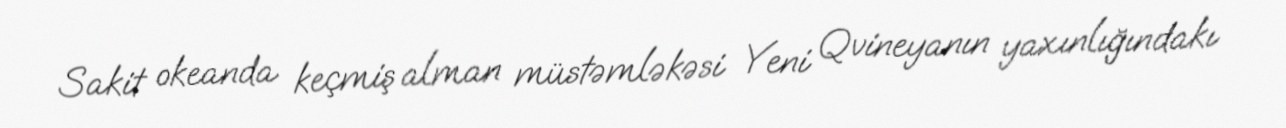
Sakit okeanda keçmiş alman müstəmləkəsi Yeni Qvineyanın yaxınlığındakı